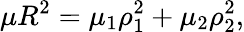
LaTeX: \mu R^{2}=\mu_{1}\rho_{1}^{2}+\mu_{2}\rho_{2}^{2},